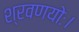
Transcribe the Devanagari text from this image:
श्रवणयोः।